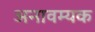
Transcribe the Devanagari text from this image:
अनावम्यक